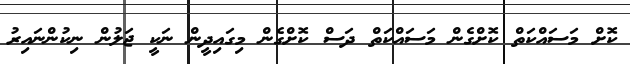
ކޮށް މަސައްކަތް ކޮށްގެން މަސައްކަތް ދަސް ކޮށްގެން މިގައިދީން ނަކީ ޖަލުން ނިކުންނައިރު